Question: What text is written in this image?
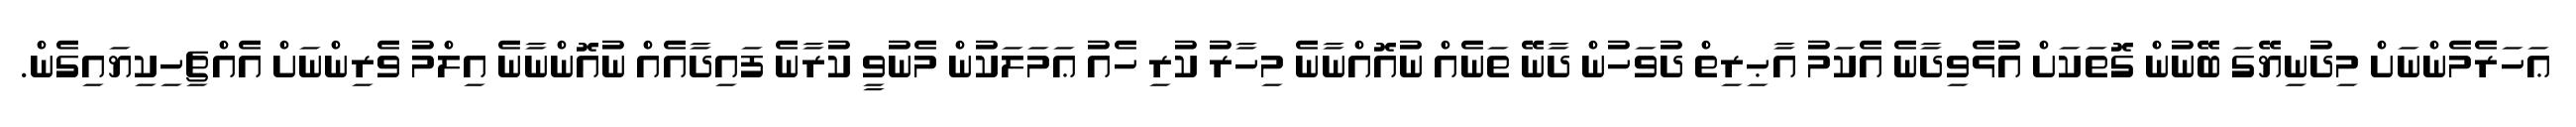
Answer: ޢަހަރެމެންނަށް މިދުނިޔޭގަ ބޭނުން ގޮތަކަށް އުަޅެވިދާނެ އެކަމު އާޙިރިތް ދުވަހުން ދާނޭ ތަނެއް ނުއޮއްނާނެ މިހާރު ކުރި ހެއު ޢަމަލަކުން މެނުވީ ކުރާނެ ފައިދާއެއް ނުއޮންނާނެ އިލްމު ވެރިންނަށް އެއްޗިހިކިޔައިގެން.